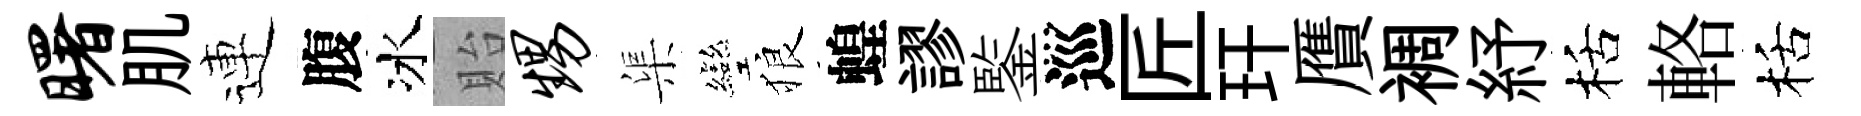
曙肌連腹冰貽甥渠彎狼蝗謬鍳巡匠玕贋裯紓栝輅栝